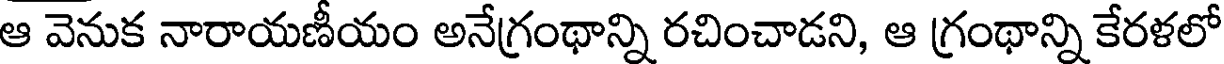
ఆ వెనుక నారాయణీయం అనేగ్రంథాన్ని రచించాడని, ఆ గ్రంథాన్ని కేరళలో